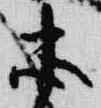
忠